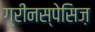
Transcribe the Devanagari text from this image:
ग्रीनस्पेसिज़